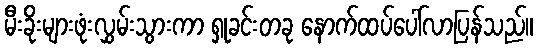
မီးခိုးများဖုံးလွှမ်းသွားကာ ရှုခင်းတခု နောက်ထပ်ပေါ်လာပြန်သည်။